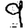
Digit: 9